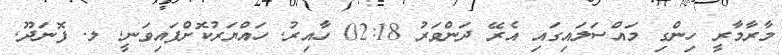
މާރާމާރީ ހިންގި މައްސަލައިގައި އެރޭ ދަންވަރު 02:18 ހާއިރު